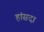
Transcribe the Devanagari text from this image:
हांसदा